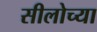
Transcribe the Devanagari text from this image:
सीलोच्या